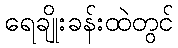
ရေချိုးခန်းထဲတွင်